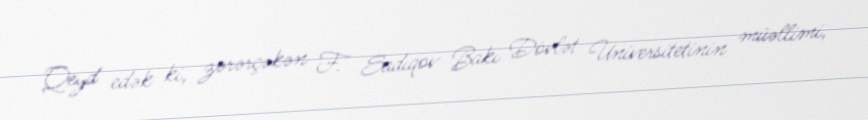
Qeyd edək ki, zərərçəkən F. Sadıqov Bakı Dövlət Universitetinin müəllimi,